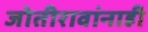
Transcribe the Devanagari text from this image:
जोतीरावांनाही